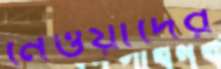
নেওয়াদের